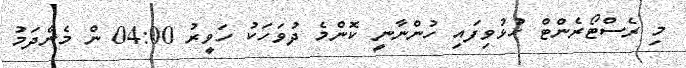
މި ރެސްޓޯރެންޓް ހުޅުވިފައި ހުންނާނީ ކޮންމެ ދުވަހަކު ހަވީރު 04:00 ން މެންދަމު